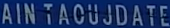
AIN TACUJDATE